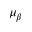
\mu _ { \beta }